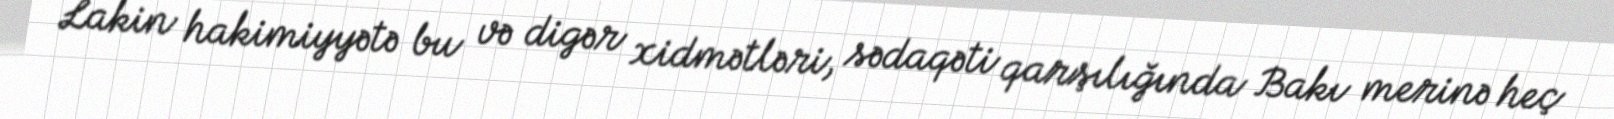
Lakin hakimiyyətə bu və digər xidmətləri, sədaqəti qarşılığında Bakı merinə heç